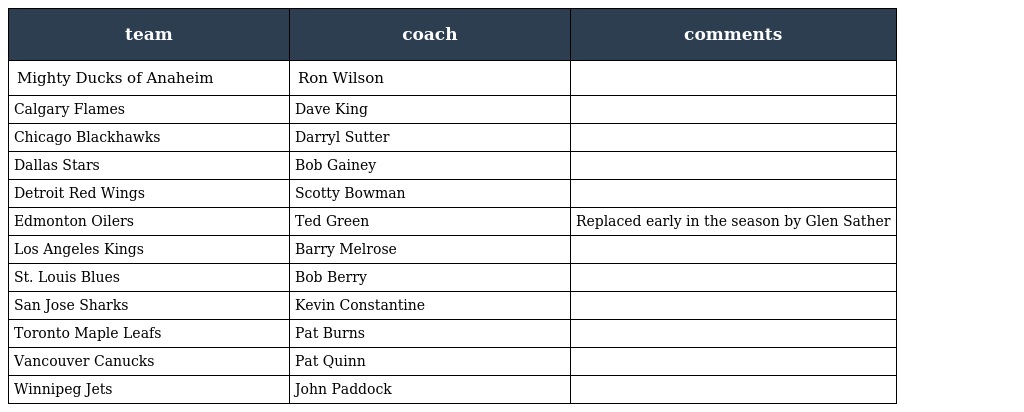
| team | coach | comments |
 | --- | --- | --- |
 | Mighty Ducks of Anaheim | Ron Wilson |  |
 | Calgary Flames | Dave King |  |
 | Chicago Blackhawks | Darryl Sutter |  |
 | Dallas Stars | Bob Gainey |  |
 | Detroit Red Wings | Scotty Bowman |  |
 | Edmonton Oilers | Ted Green | Replaced early in the season by Glen Sather |
 | Los Angeles Kings | Barry Melrose |  |
 | St. Louis Blues | Bob Berry |  |
 | San Jose Sharks | Kevin Constantine |  |
 | Toronto Maple Leafs | Pat Burns |  |
 | Vancouver Canucks | Pat Quinn |  |
 | Winnipeg Jets | John Paddock |  |